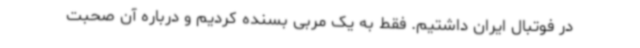
در فوتبال ایران داشتیم. فقط به یک مربی بسنده کردیم و درباره آن صحبت